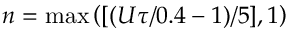
n = \operatorname* { m a x } \left( [ ( U \tau / 0 . 4 - 1 ) / 5 ] , 1 \right)